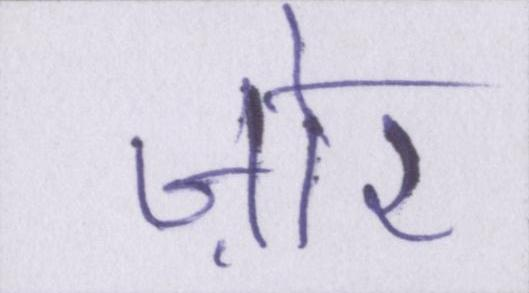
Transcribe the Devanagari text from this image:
ज़ोर